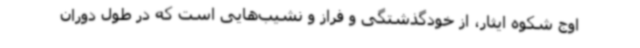
اوج شکوه ایثار، از خودگذشتگی و فراز و نشیب‌هایی است که در طول دوران